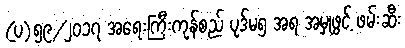
(ပ)၅၉/၂၀၁၇ အရေးကြီးကုန်စည် ပုဒ်မ၅ အရ အမှုဖွင့် ဖမ်းဆီး